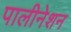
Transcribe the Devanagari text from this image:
पालीनेशन